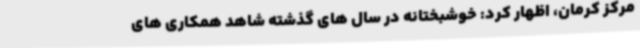
مرکز کرمان، اظهار کرد: خوشبختانه در سال های گذشته شاهد همکاری های